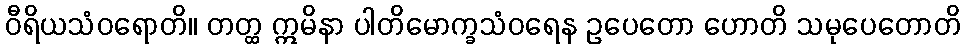
ဝီရိယသံဝရောတိ။ တတ္ထ ဣမိနာ ပါတိမောက္ခသံဝရေန ဥပေတော ဟောတိ သမုပေတောတိ